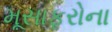
મૂસાફરોના